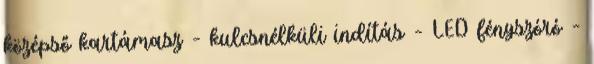
középső kartámasz – kulcsnélküli indítás – LED fényszóró –